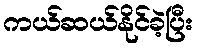
ကယ်ဆယ်နိုင်ခဲ့ပြီး